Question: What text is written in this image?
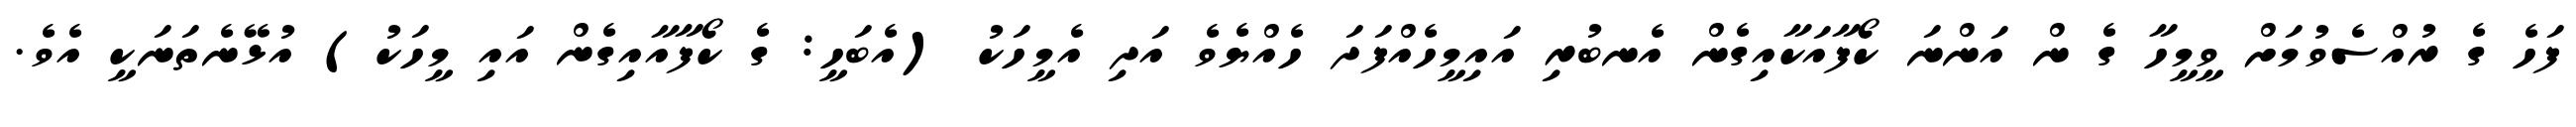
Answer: ފަހެ ގެ ރުއްސެވުމަށް ވީމީހާ ގެ ން އަންނަ ކޯފާއަކާއިގެން އެނބުރި އައިމީހެއްފަދަ ހެއްޔެވެ އަދި އެމީހަކު (އެބަހީ: ގެ ކޯފާއާއިގެން އައި މީހަކު) އުޅޭނެތަނަކީ އެވެ.